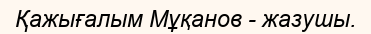
Қажығалым Мұқанов - жазушы.